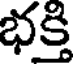
భక్తి